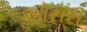
ઓસરી